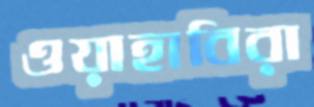
ওয়াহাবিরা